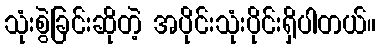
သုံးစွဲခြင်းဆိုတဲ့ အပိုင်းသုံးပိုင်းရှိပါတယ်။